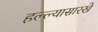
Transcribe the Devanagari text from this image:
हल्ल्यासारखे